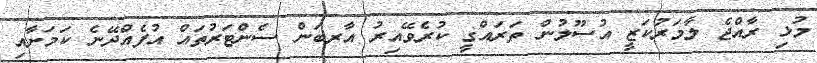
މުޅި ރާއްޖެ ލާމަރުކަޒީ އުސޫލުން ތަރައްގީ ކުރެވޭއިރު އާރބަން ސެންޓަރުތައް އުފެއްދޭނެ ކަމަށާއި